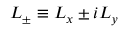
L _ { \pm } \equiv L _ { x } \pm i L _ { y }